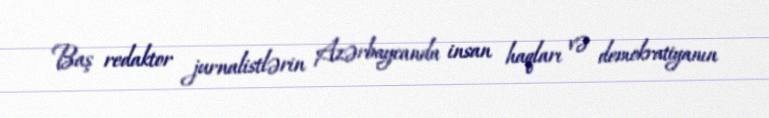
Baş redaktor jurnalistlərin Azərbaycanda insan haqları və demokratiyanın